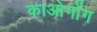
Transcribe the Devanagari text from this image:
काओगोंग